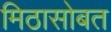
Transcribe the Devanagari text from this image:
मिठासोबत